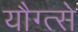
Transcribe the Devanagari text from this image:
यौग्त्से